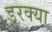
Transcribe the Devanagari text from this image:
डुरक्या